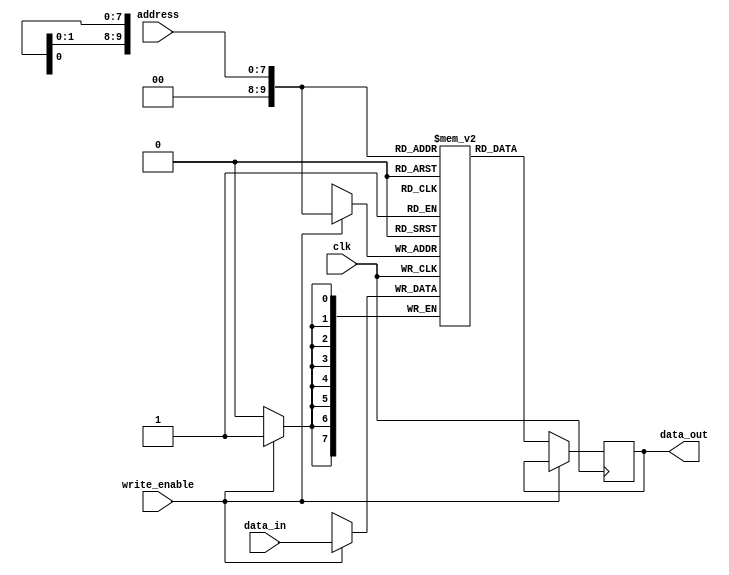
//1 kilo byte Random Access Memory

`timescale 1ns / 1ps
module ram #(

	parameter ADDR = 8,
	parameter DATA = 8,
	parameter DEPTH = 1024

     )
     (


input  wire clk,
input wire write_enable,
input wire [ADDR-1:0]address,
input wire[DATA-1:0]data_in,
output  reg [DATA-1:0]data_out
);

//reg data_out;
//Declration of memory
reg [DATA-1:0]ram_block[DEPTH-1:0];

always @(posedge clk) begin
        if(write_enable)
            ram_block[address] <= data_in;
        else
            data_out <= ram_block[address];
end

endmodule